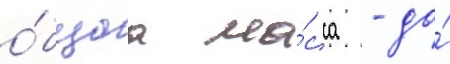
о́бщаа ма́сса - до́